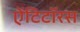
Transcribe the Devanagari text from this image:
ऐंटिटॉरस